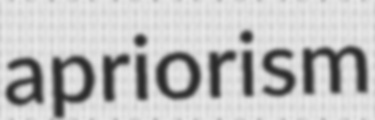
apriorism